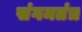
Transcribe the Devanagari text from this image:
संगमतंत्र